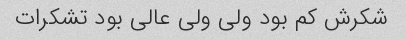
شکرش کم بود ولی ولی عالی بود تشکرات